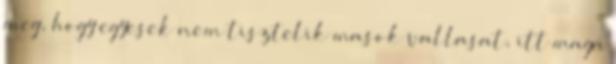
meg, hogy egyesek nem tisztelik masok vallasat, itt maga